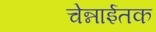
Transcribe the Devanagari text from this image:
चेन्नाईतक